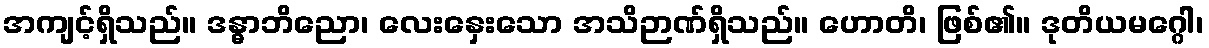
အကျင့်ရှိသည်။ ဒန္ဓာဘိညော၊ လေးနှေးသော အသိဉာဏ်ရှိသည်။ ဟောတိ၊ ဖြစ်၏။ ဒုတိယမဂ္ဂေါ၊